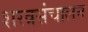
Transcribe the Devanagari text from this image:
शस्त्रसंचालन